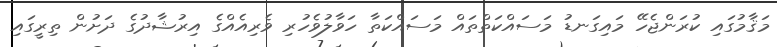
މަޤާމުގައި ކުރަންޖެހޭ މައިގަނޑު މަސައްކަތްތައް މަސައްކަތާ ހަވާލުވެހުރި ވެރިއެއްގެ އިރުޝާދުގެ ދަށުން ތިރީގައި